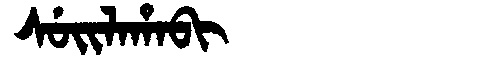
Manchu: ᠰᡠᡳᠯᠠᡥᠠᠪᡳ
Romanization: SUILAHABI